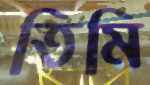
তিমি